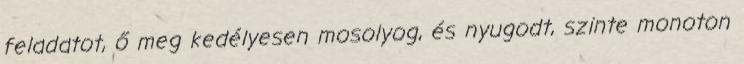
feladatot, ő meg kedélyesen mosolyog, és nyugodt, szinte monoton